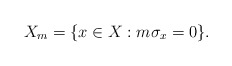
\begin{align*}X_m=\{x\in X:m\sigma_x=0\}.\end{align*}